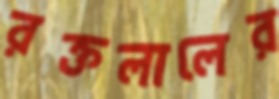
রক্তলালের